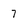
Character: 7